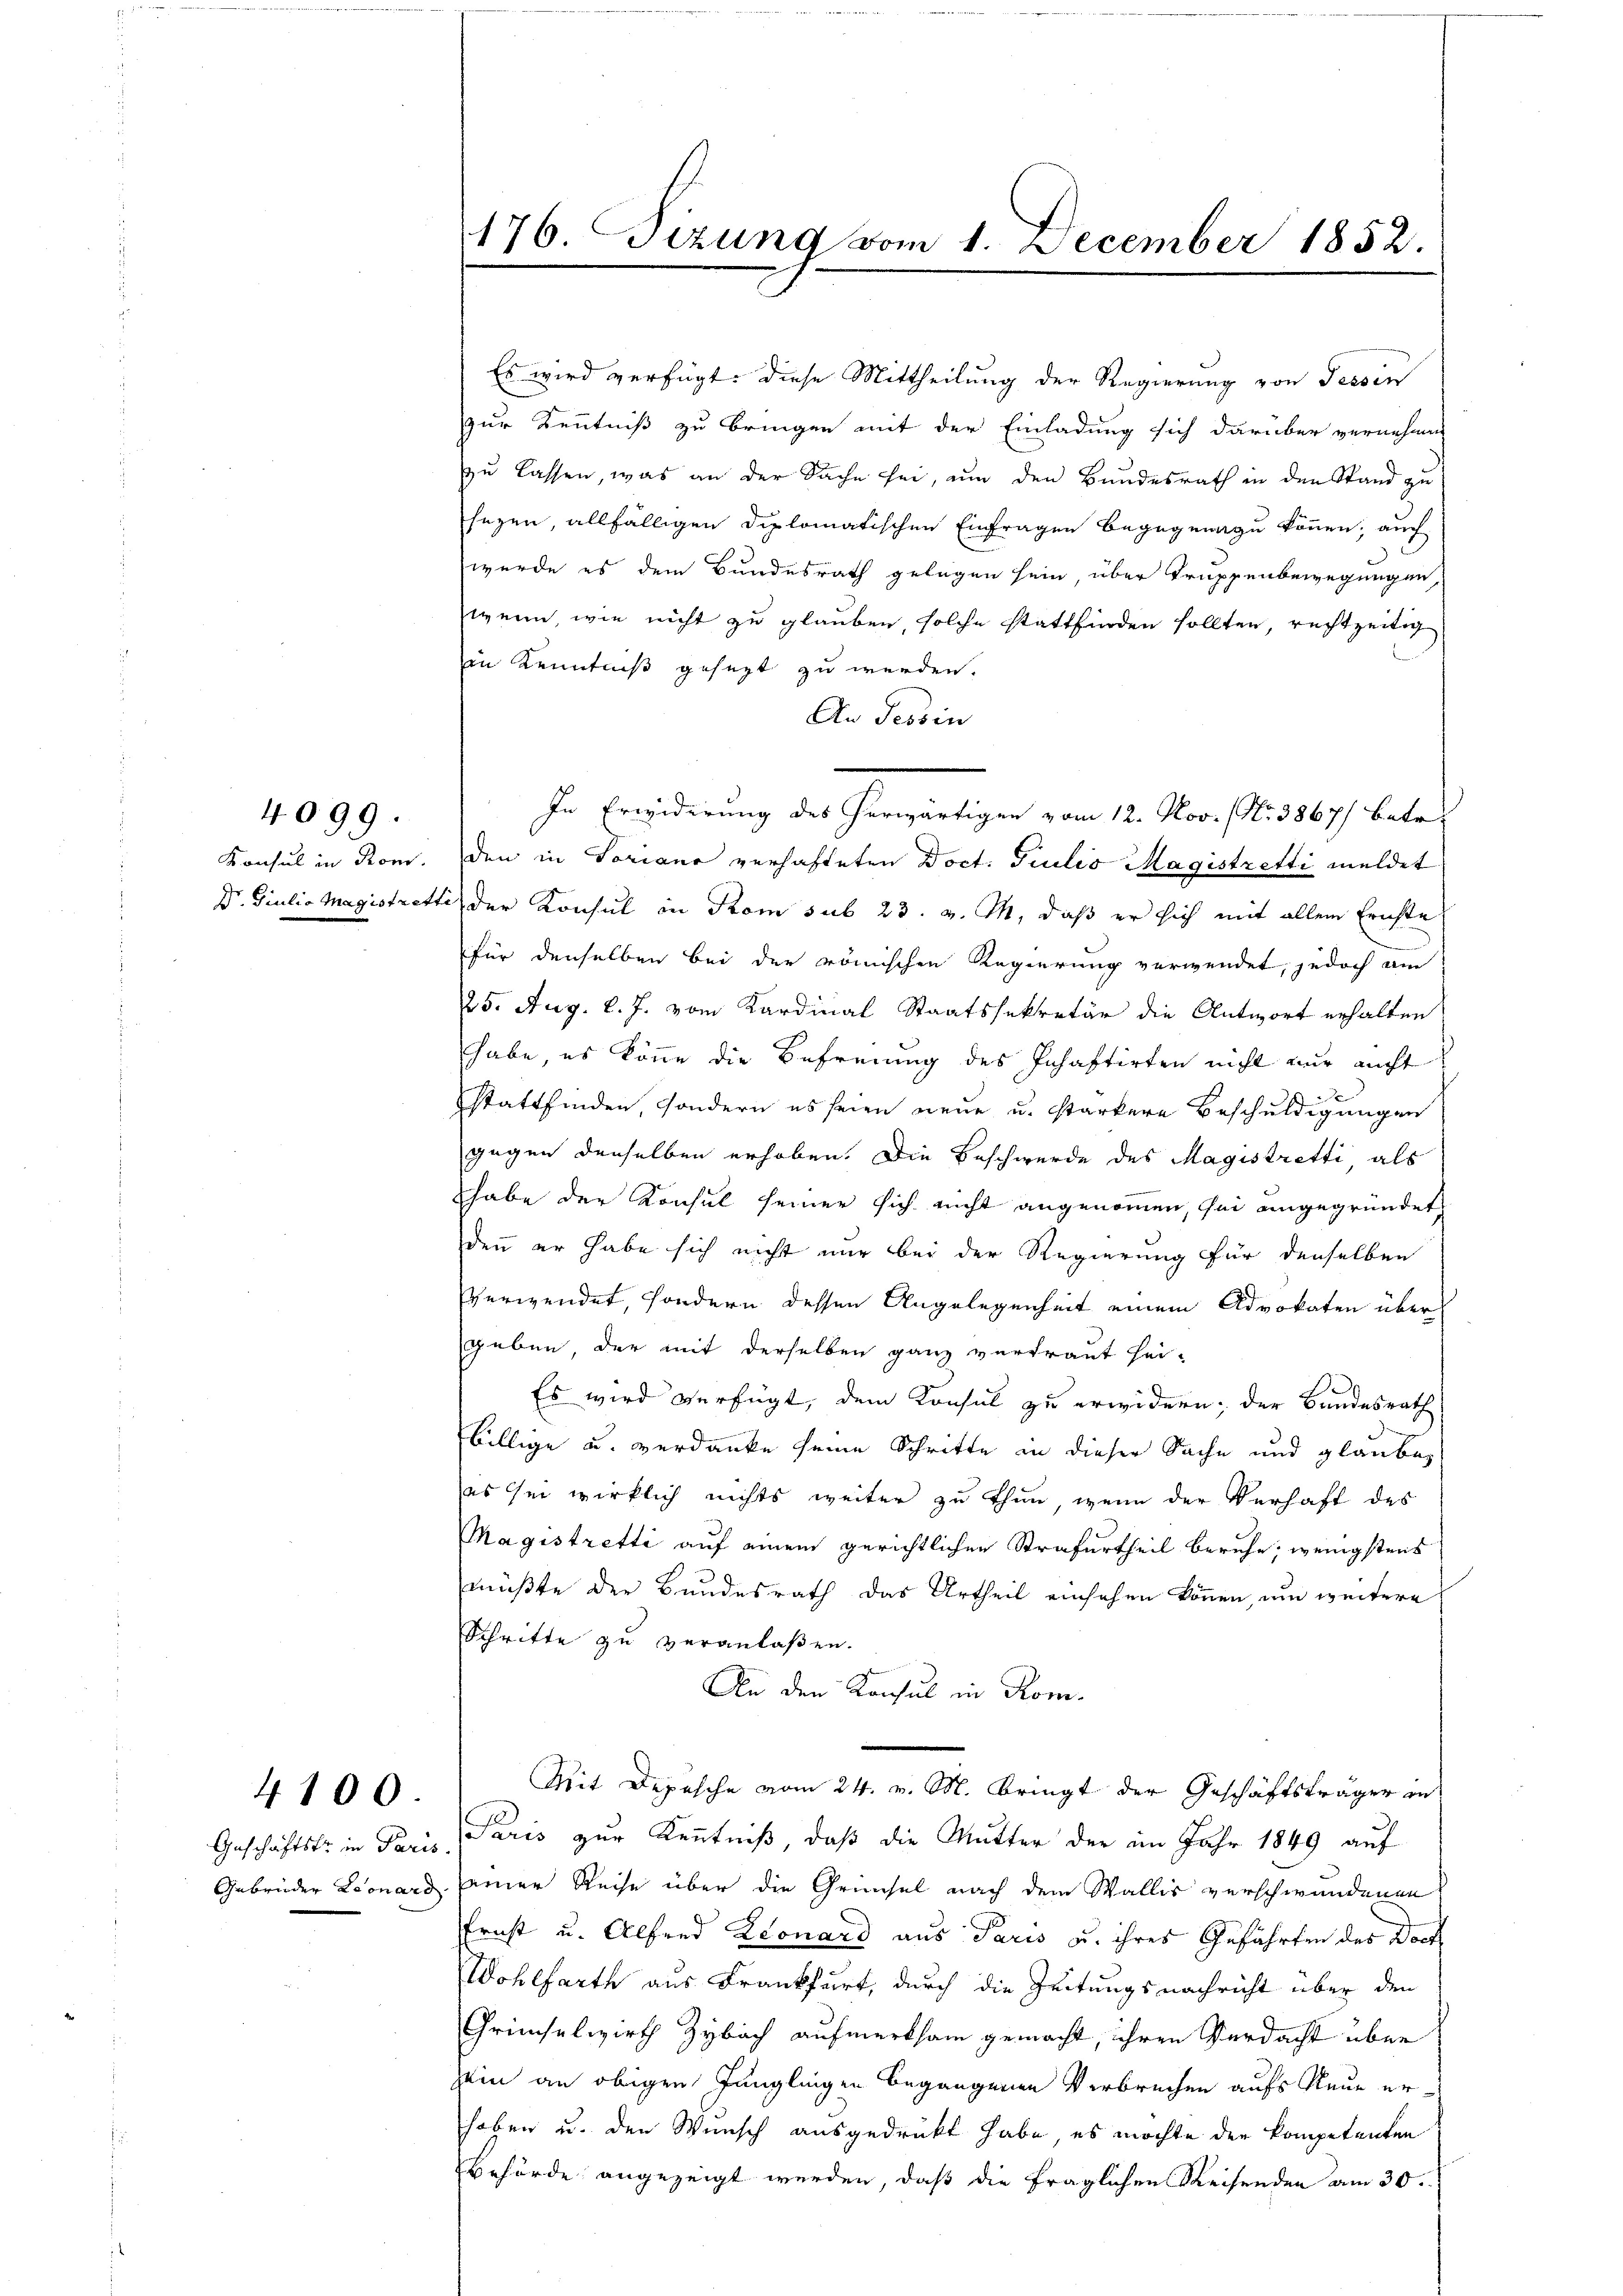
Konsul in Rom.

4099.

4100.

zur Kenntniß zu bringen mit der Einladung sich darüber vernehmen
zu lassen, was an der Sache sei, um den Bundesrath in den Stand zu
sezen, allfälligen diplomatischen Einfragen begegnunge können, auch
wurde es dem Bundesrath gelegen sein, über Truppenbewegungen,
wenn, wie nicht zu glauben, solche stattfinden sollten, rechtzeitig
in Kenntniß gesezt zu werden.
An Tessin
In Erwiderung des herwärtigen vom 12. Nov. (Nr. 3867) betr.
den in Soriane verhafteten Doct. Giulio Magistretti meldet
Dr. Giulio Magistretti, der Konsul in Rom sub 23. v. M. daß er sich mit allem Erichte
für denselben bei der römischen Regierung verwendet, jedoch am
25. Aug. l. J. vom Kardinal Staatssekretär die Antwort erhalten
habe, es könne die Befreiung des Inhaftirten nicht nur nicht
stattfinden, sondern es seien neue u. starkere Beschuldigungen
gegen denselben erhoben. Die Beschwerde des Magistretti als
habe der Konsul seiner sich nicht angenommen, sei eingegründet,
denn er habe sich nicht nur bei der Regierung für denselben
verwendet, sondern dessen Angelegenheit einem Advokaten über
geben, der mit derselben ganz vertraut hei-
Es wird verfügt, dem Konsul zu erwidern; der Bundesrath
billige u. verdanke seine Schritte in dieser Sache und glaube,
es sei wirklich nichts weiter zu thun, wenn der Verhaft des
Magistretti auf einem gerichtlichen Strafurtheil beruhe; wenigstens
müßte der Bundesrath das Urtheil einsehen können, um weitere
Schritte zu veranlaßen.
An den Konsul in Rom.
Mit Depesche vom 24. v. M. Bringt der Geschäftsträger in
Geschäftster in Paris Paris zur Kenntniß, daß die Mutter der im Jahr 1849 auf
Gebrüder Leonard einer Reise über die Grünsel nach dem Wallis verschwundenen
Ernst u. Alfred Leonard aus Paris u. ihres Gefährten des Doch
Wohlfarth aus Frankfurt, durch die Zeitungsnachricht über den
Grünselwirth Zybach aufmerksam gemacht, ihren Verdacht über
zin an obigen Jünglingen begangenen Verbrechen aufs Neue erhoben u. den Wunsch ausgedrückt habe, es möchte der kompetenten
Behörde angezeigt werden, daß die fraglichen Reisenden am 30.

176. Sizung vom 1. December 1852.

Es wird verfügt: diese Mittheilung der Regierung von Tessin